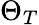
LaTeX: \Theta_{T}